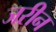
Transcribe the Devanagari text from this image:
जरीन